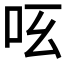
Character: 𠯝